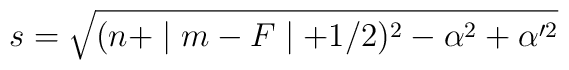
s=\sqrt{(n+\mid m-F\mid +1/2)^2-\alpha ^2+\alpha ^{\prime 2}}